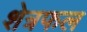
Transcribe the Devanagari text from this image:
शेत्रफल